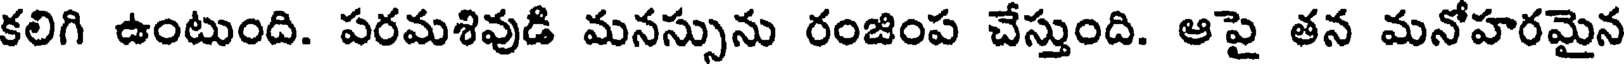
కలిగి ఉంటుంది. పరమశివుడి మనస్సును రంజింప చేస్తుంది. ఆపై తన మనోహరమైన